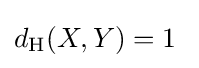
d_{\mathrm {H} }(X,Y)=1\